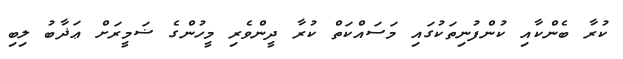
ކުރާ ބެންކާއި ކުންފުނިތަކުގައި މަސައްކަތް ކުރާ ދީންވެރި މީހުންގެ ޟަމީރަށް ޢަޛާބު ލިބި